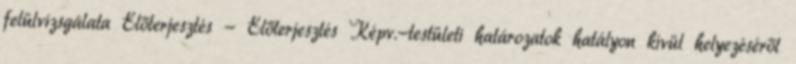
felülvizsgálata Előterjesztés - Előterjesztés Képv.-testületi határozatok hatályon kívül helyezéséről